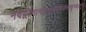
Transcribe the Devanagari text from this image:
नदद्वीणानादश्रवणविलसत्कुण्डलगुणा।